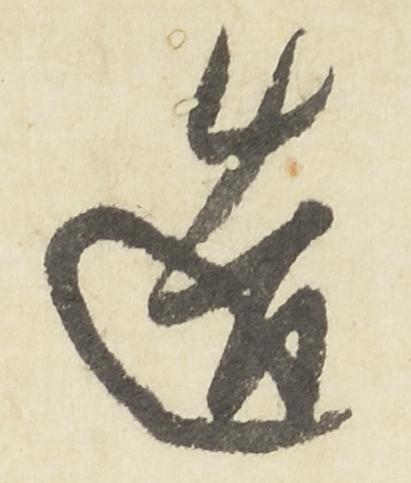
造